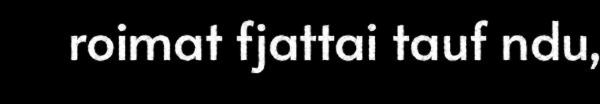
roimat fjattai tauf ndu,